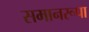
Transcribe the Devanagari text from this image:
समानरूपा